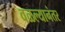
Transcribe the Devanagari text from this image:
वळल्यानंतर